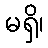
မရှိ၊